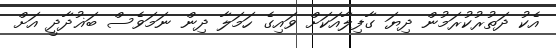
އެކު ދަތުރުކުރަމުން ދިޔަ ގާފިލާއަކަށް ވައިގެ ހަމަލާ ދިން ނަަމަވެސް ބަޣުދާދީ އަށް